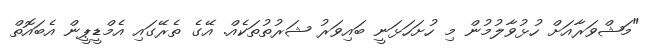
"މަޝްވަރާއަށް ހުޅުވާލުމުން މި ހުށަހަޅަނީ ބައިވަރު ޝަރުތުތަކެއް. އޭގެ ތެރޭގައި އެމްޑީޕީން އެބައޮތް